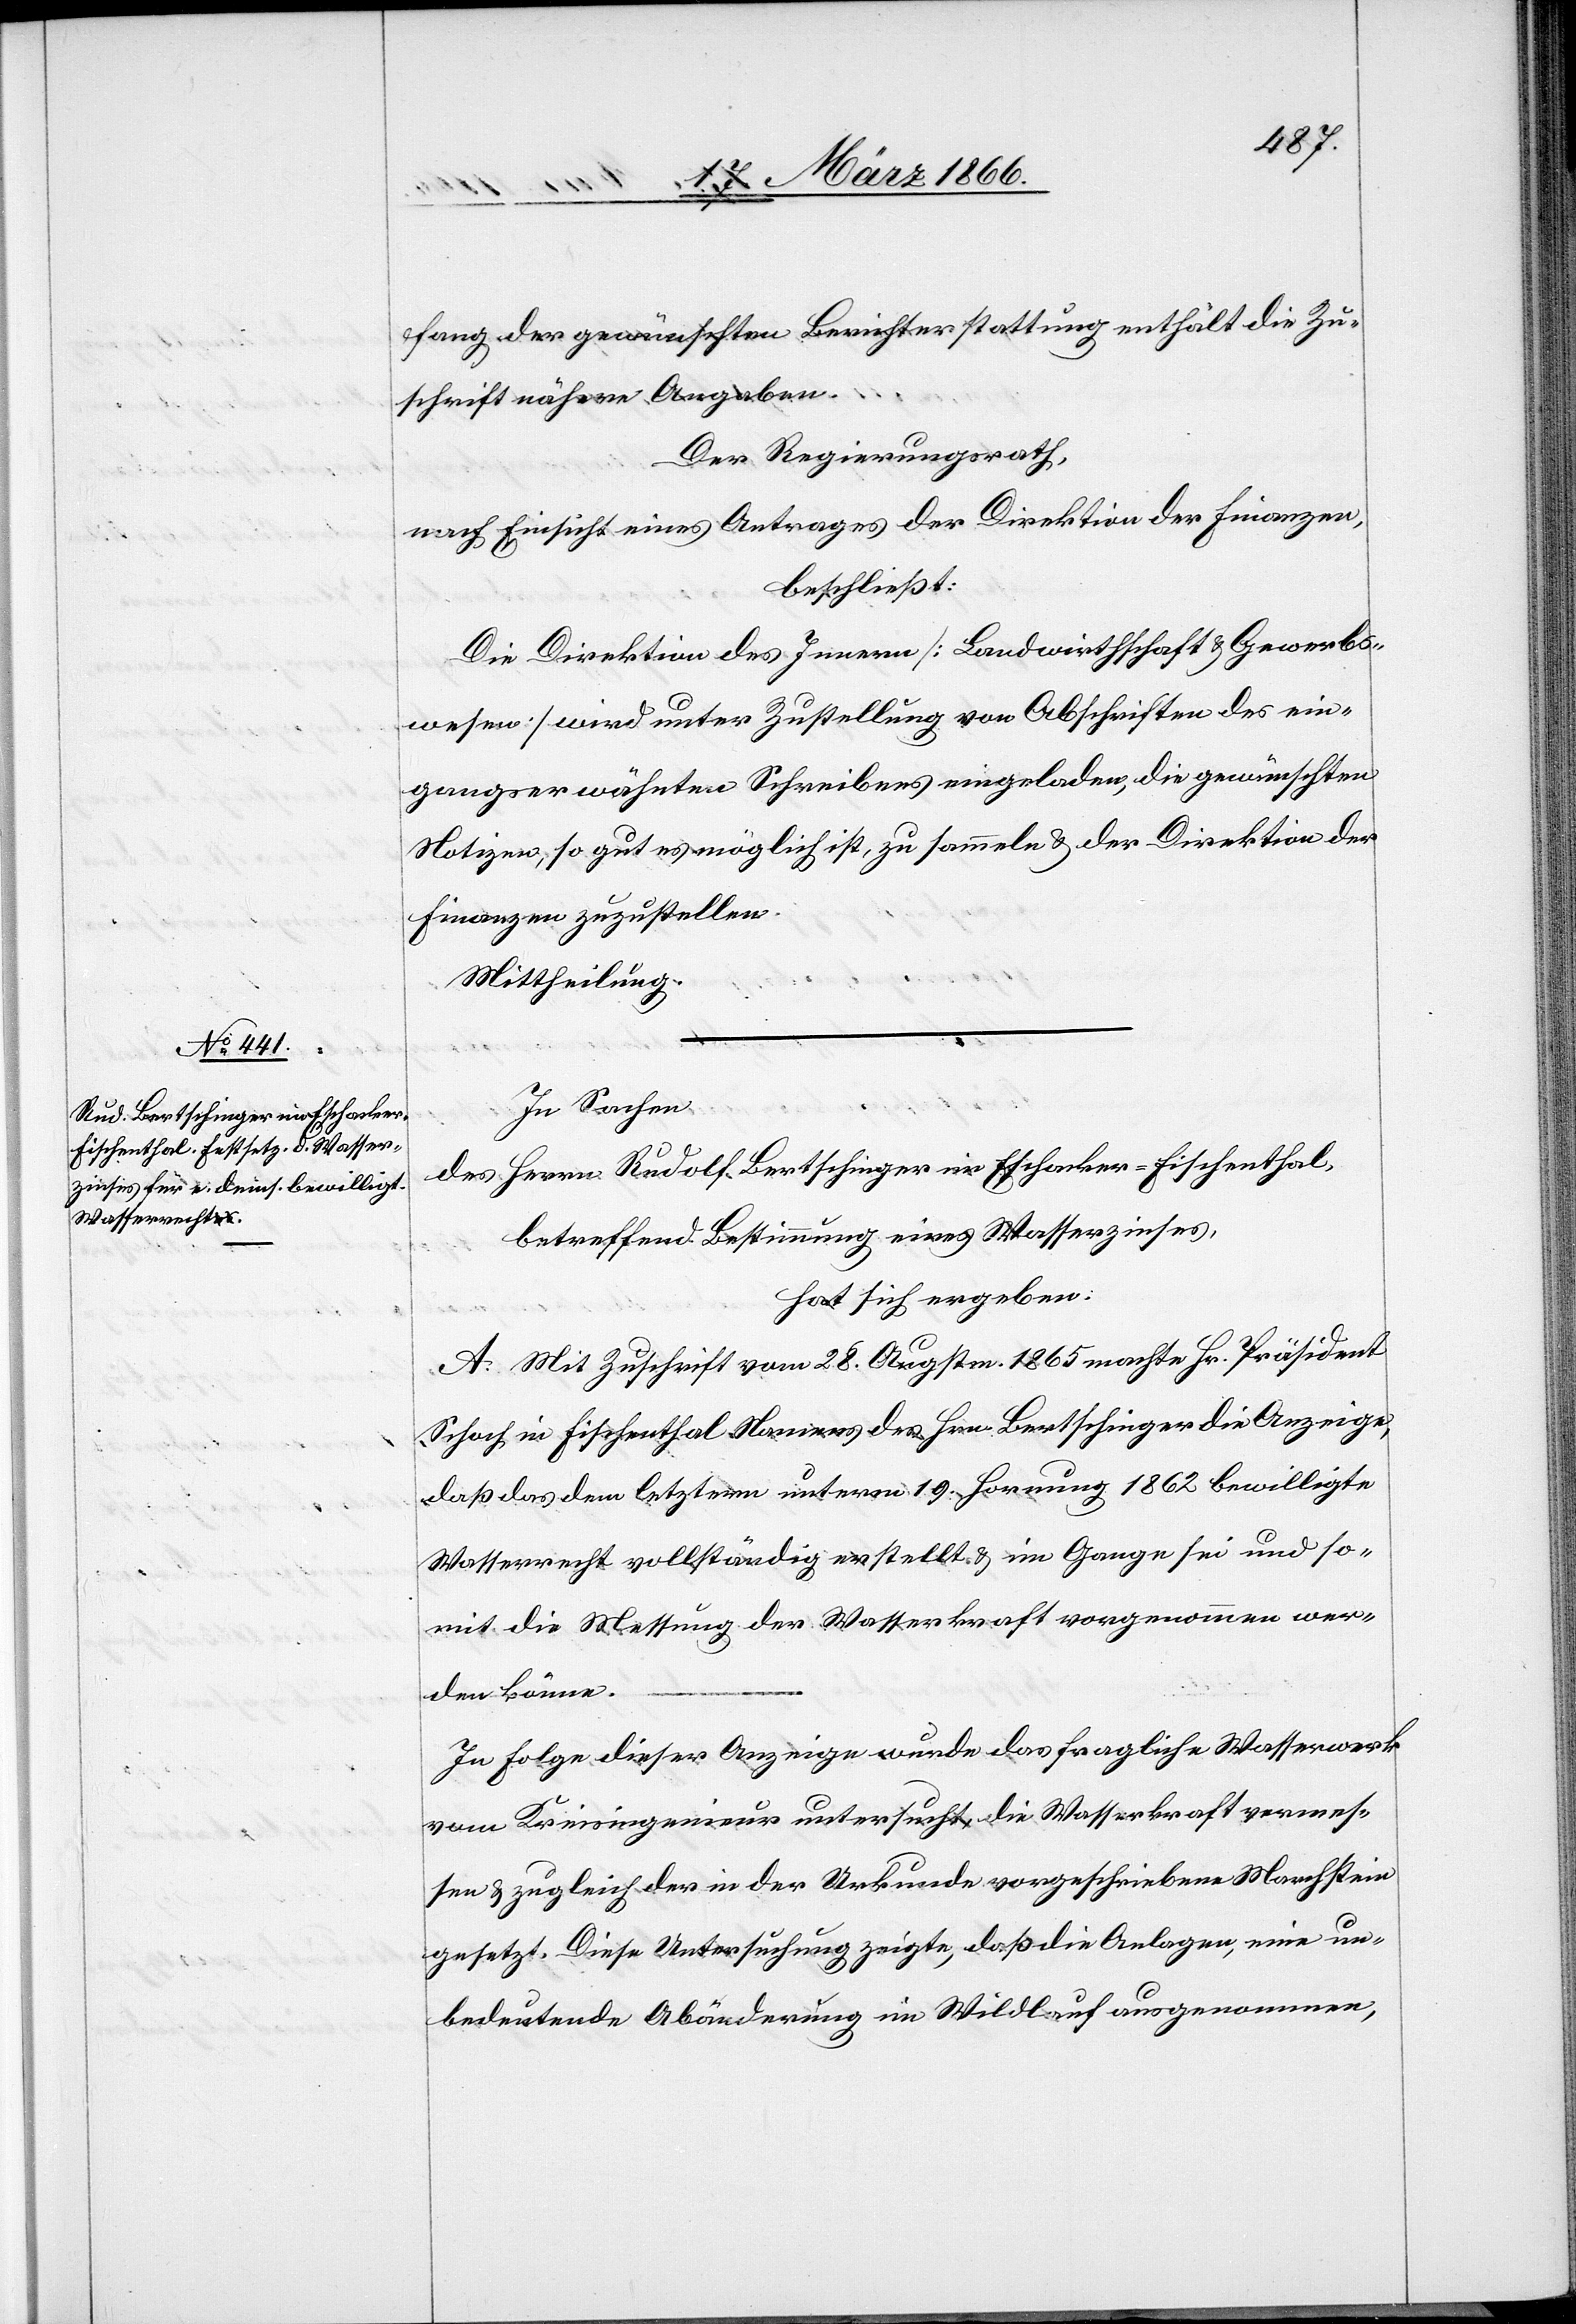
fang der gewünschten Berichterstattung enthält die Zu¬
schrift nähere Angaben.
Der Regierungsrath,
nach Einsicht eines Antrages der Direktion der Finanzen,
beschließt:
Die Direktion des Innern [Landwirthschaft u. Gewerbs¬
wesen] wird unter Zustellung von Abschriften des ein¬
gangs erwähnten Schreibens eingeladen, die gewünschten
Notizen, so gut es möglich ist, zu sammeln u. der Direktion der
Finanzen zuzustellen.
Mittheilung.
In Sachen
des Herrn Rudolf Bertschinger im Eschacker-Fischenthal,
betreffend Bestimmung eines Wasserzinses,
hat sich ergeben:
A. Mit Zuschrift vom 28. Augstm. 1865 machte Hr. Präsident
Schoch im Fischenthal Namens des Hrn. Bertschinger die Anzeige,
daß das dem letztern unterm 19. Hornung 1862 bewilligte
Wasserrecht vollständig erstellt u. im Gange sei und so¬
mit die Messung der Wasserkraft vorgenommen wer¬
den könne.
In Folge dieser Anzeige wurde das fragliche Wasserwerk
vom Kreisingenieur untersucht, die Wasserkraft vermes¬
sen u. zugleich der in der Urkunde vorgeschriebene Marchstein
gesetzt. Diese Untersuchung zeigte, daß die Anlagen, eine un¬
bedeutende Abänderung im Wildlauf ausgenommen,